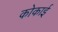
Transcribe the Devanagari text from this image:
कोकाई